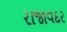
રાજાવદર